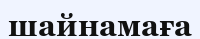
шайнамаға